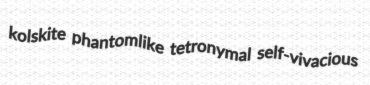
kolskite phantomlike tetronymal self-vivacious